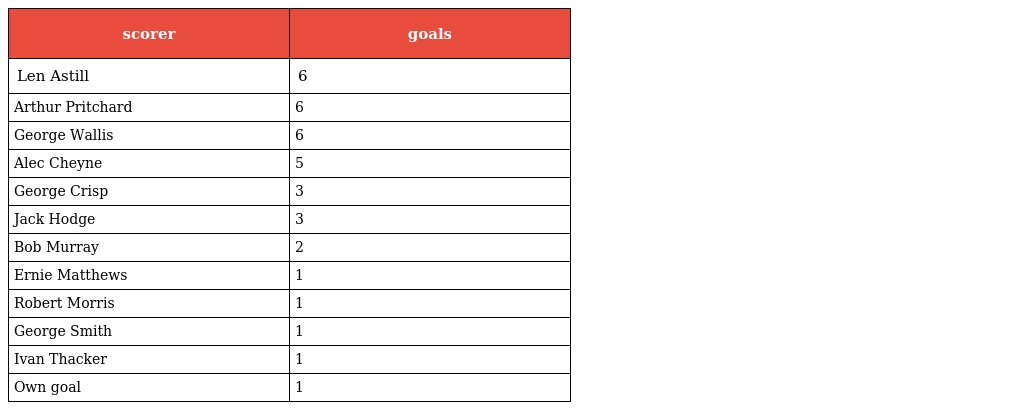
| scorer | goals |
 | --- | --- |
 | Len Astill | 6 |
 | Arthur Pritchard | 6 |
 | George Wallis | 6 |
 | Alec Cheyne | 5 |
 | George Crisp | 3 |
 | Jack Hodge | 3 |
 | Bob Murray | 2 |
 | Ernie Matthews | 1 |
 | Robert Morris | 1 |
 | George Smith | 1 |
 | Ivan Thacker | 1 |
 | Own goal | 1 |